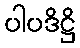
ပါပဒိဋ္ဌိ